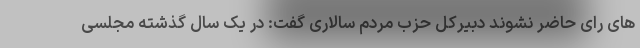
های رای حاضر نشوند دبیرکل حزب مردم سالاری گفت: در یک سال گذشته مجلسی